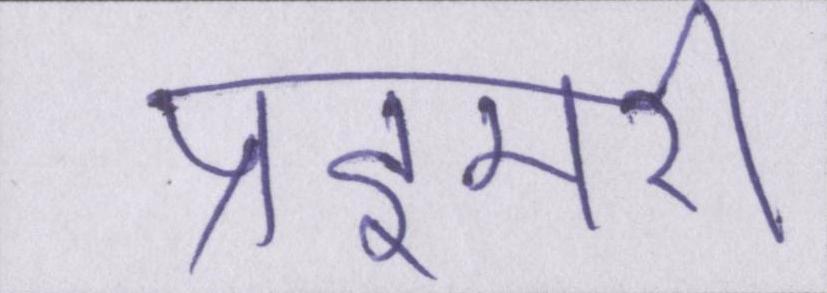
प्राइमरी